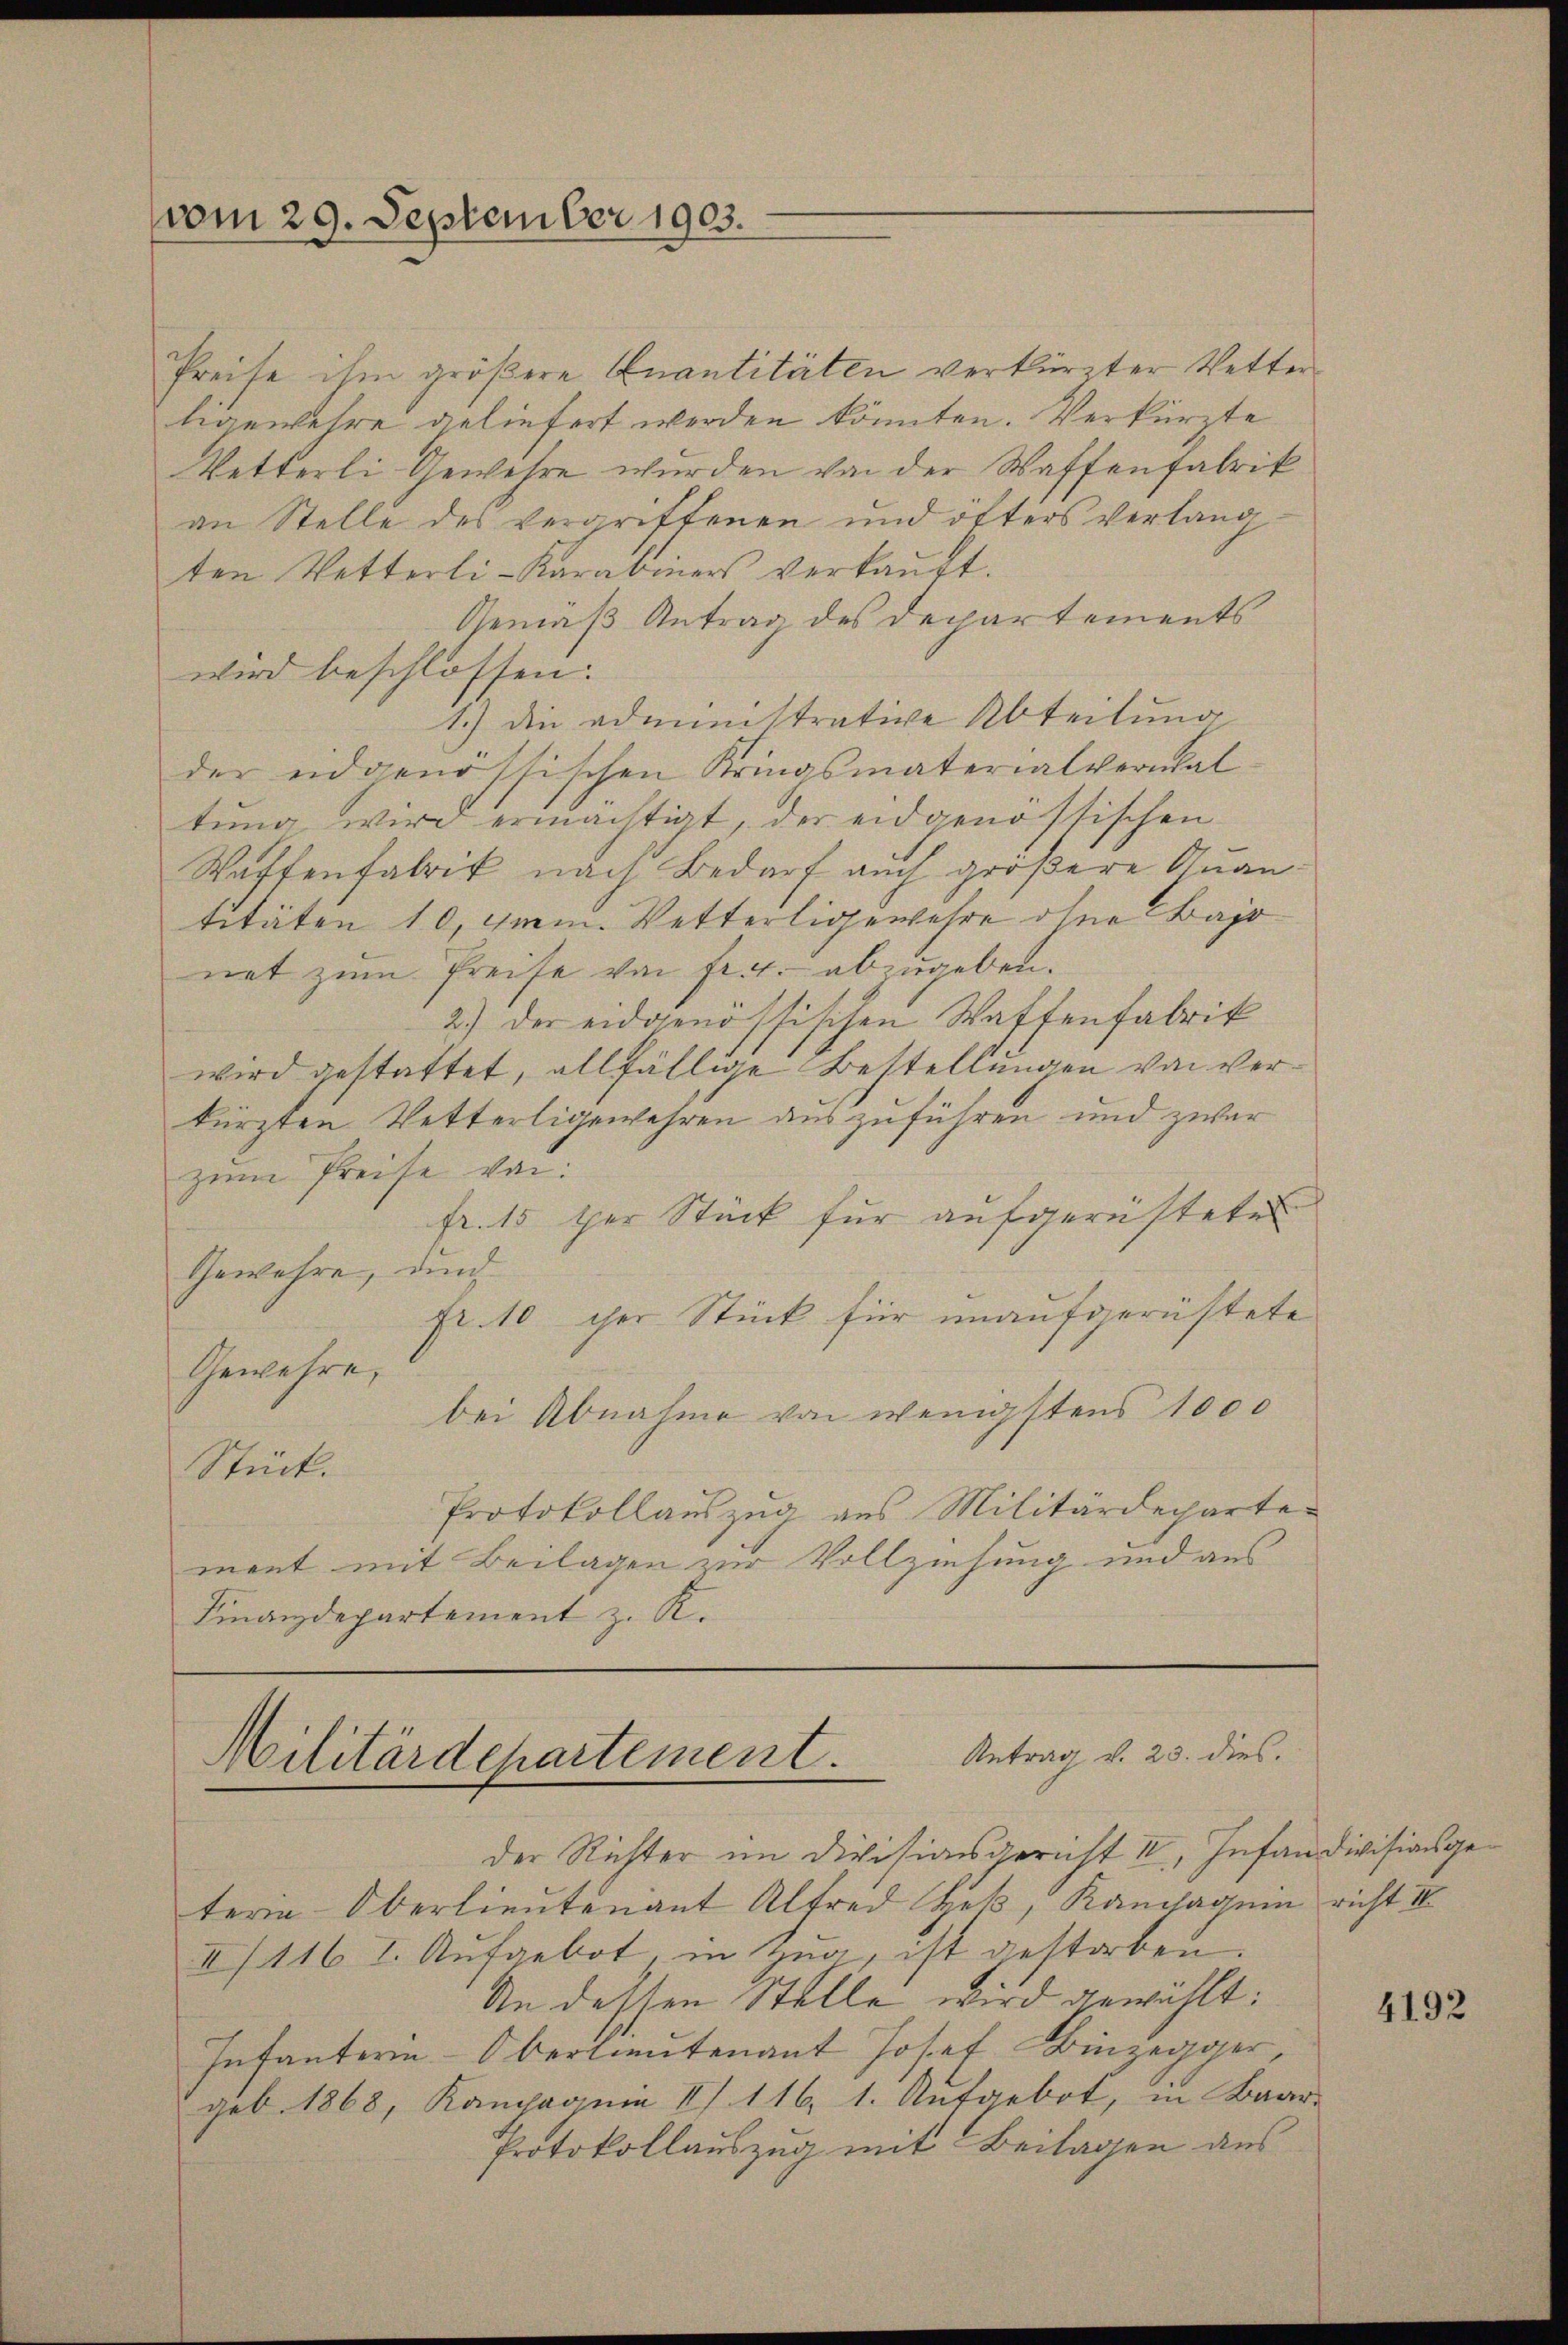
vom 29. September 1903.

Preise ihm größere Quantitäten verkürzter Vetterligewehre geliefert werden könnten. Verkürzte
Vetterli Gewehre wurden von der Waffenfabrik
an Stelle des vergriffenen und öfters verlang
ten Vetterli-Karabiners verkaŭft.
Gemäß Antrag des Departements
wird beschlossen:
1.) Die administrative Abteilung
der eidgenössischen Kringsmaterialverwaltung wird ermächtigt, der eidgenössischen
Waffenfabrik nach Bedarf auch größere Quantitäten 10, Gmm. Vetterligewehre ohne Bajo
net zum Preise von fr. 7. abzugeben.
2.) Der eidgenössischen Waffenfabrik
wird gestattet, allfällige Bestellungen von verkürzten Vetterligewehren auszuführen und zwar
zum Preise von
fr. 15 per Stück für aufgerüstetes
Gewehre, durch
fr. 10 cher Stück für unaufgerüstete
Gewähre,
bei Abnahme von wenigstens 1000
Stück.
Protokollauszug aus Militärdecharte
ment mit Beilagen zur Vollziehung und aus
Finanzdepartement z. R.

Antrag v. 23. dies
Militärdepartement.
der Richter im Divisionsgericht II, Infandivisionsge¬

tern Oberlieutenant Alfred Hek, Kampagnie richt I
II/116 t. Aufgebot, in Zug, ist gestorben.
An dessen Stelle wird gewählt:
Infanterie-Oberlieutenant Josef Binzegger,
geb. 1868, Kampagnie II 116, 1. Aufgebot, in Baar-
Protokollauszug mit Beilagen aus

4192